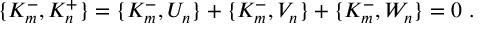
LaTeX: \{ K _ { m } ^ { - } , K _ { n } ^ { + } \} = \{ K _ { m } ^ { - } , U _ { n } \} + \{ K _ { m } ^ { - } , V _ { n } \} + \{ K _ { m } ^ { - } , W _ { n } \} = 0 \ .